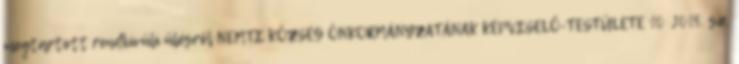
megtartott rendkívüli ülésről NEMTI KÖZSÉG ÖNKORMÁNYZATÁNAK KÉPVISELŐ-TESTÜLETE 10 2015. sz.